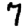
Digit: 7